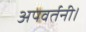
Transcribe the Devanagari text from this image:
अपवर्तनी।